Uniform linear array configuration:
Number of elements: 4
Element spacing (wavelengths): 1
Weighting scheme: hann
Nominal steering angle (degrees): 30
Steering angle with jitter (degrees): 31.373
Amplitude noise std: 0.05
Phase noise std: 0.05

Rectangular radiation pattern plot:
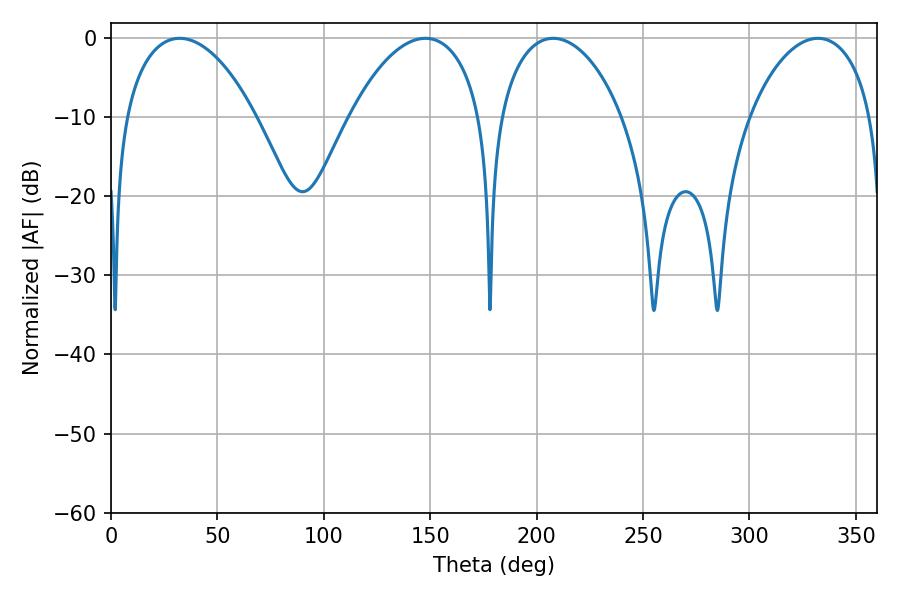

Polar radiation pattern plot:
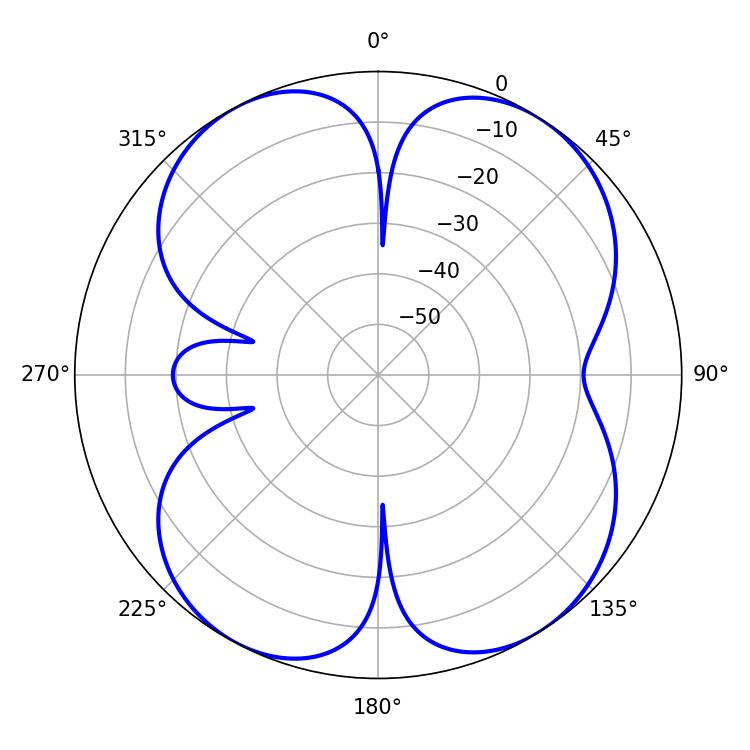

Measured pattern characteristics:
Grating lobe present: TRUE
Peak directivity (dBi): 11.554
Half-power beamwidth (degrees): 34.92
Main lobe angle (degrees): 32.22